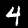
Label: 4